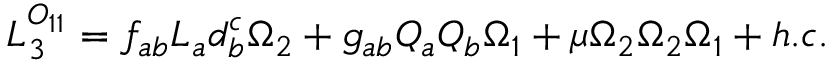
{ \cal L } _ { 3 } ^ { { \cal O } _ { 1 1 } } = f _ { a b } L _ { a } d _ { b } ^ { c } \Omega _ { 2 } + g _ { a b } Q _ { a } Q _ { b } \Omega _ { 1 } + \mu \Omega _ { 2 } \Omega _ { 2 } \Omega _ { 1 } + h . c .